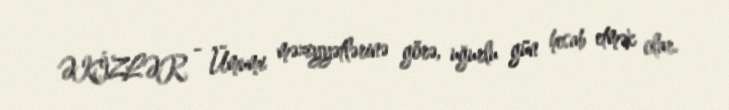
ƏKİZLƏR - Ümumi məziyyətlərinə görə, uğurlu gün hesab etmək olar.